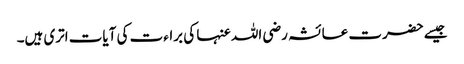
جیسے حضرت عائشہ رضی اللہ عنہا کی براءت کی آیات اتری ہیں۔